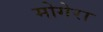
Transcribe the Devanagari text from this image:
मोगेरा